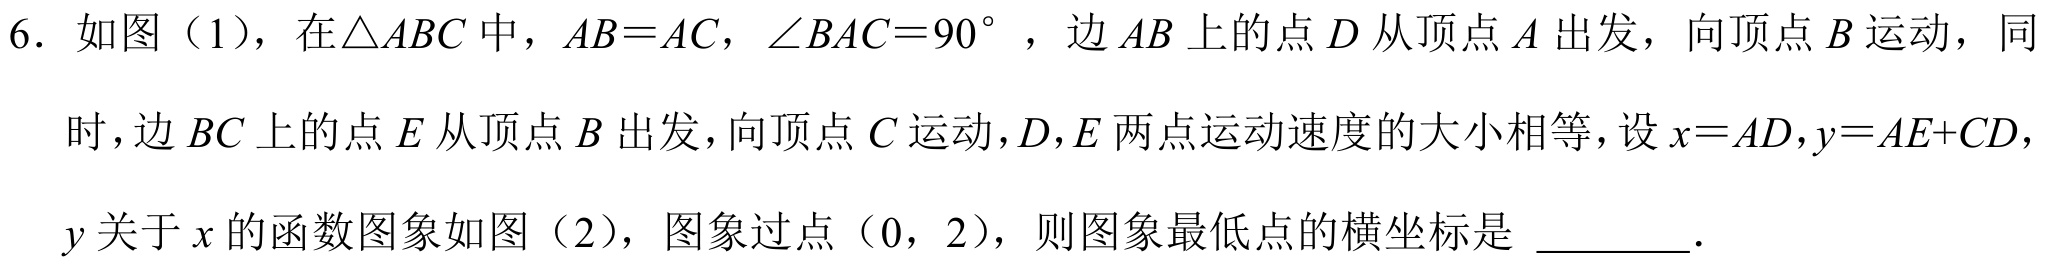
6. 如图（1），在\(\triangle ABC\)中，\(AB = AC\)，\(\angle BAC = 90^{\circ}\)，边\(AB\)上的点\(D\)从顶点\(A\)出发，向顶点\(B\)运动，同
时，边\(BC\)上的点\(E\)从顶点\(B\)出发，向顶点\(C\)运动，\(D\)，\(E\)两点运动速度的大小相等，设\(x = AD\)，\(y = AE + CD\)，
\(y\)关于\(x\)的函数图象如图（2），图象过点\((0,2)\)，则图象最低点的横坐标是  ．